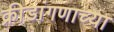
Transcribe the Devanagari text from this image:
क्रीडांगणाच्या